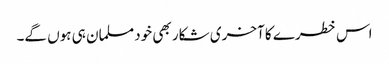
اس خطرے کا آخری شکار بھی خود مسلمان ہی ہوں گے۔